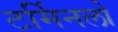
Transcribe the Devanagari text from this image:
टर्मिनलो